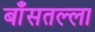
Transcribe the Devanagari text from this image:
बाँसतल्‍ला